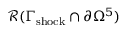
\mathcal { R } ( \Gamma _ { \mathrm { s h o c k } } \cap \partial \Omega ^ { 5 } )